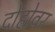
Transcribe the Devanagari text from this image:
दोहोवर